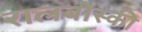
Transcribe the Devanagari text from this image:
रालबोस्की